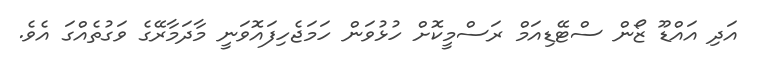
އަދި އައްޑޫ ޒޯން ސްޓޭޑިއަމް ރަސްމީކޮށް ހުޅުވަން ހަމަޖެހިފައޮވަނީ މާދަމާރޭގެ ވަގުތެއްގަ އެވެ.